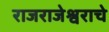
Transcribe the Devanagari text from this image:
राजराजेश्वराचे